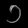
Digit: ၁